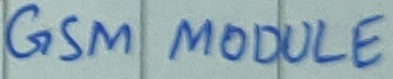
Text: GSM MODULE